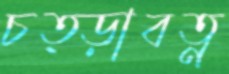
চত্ড়াবত্ন